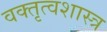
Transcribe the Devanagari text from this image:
वक्‍तृत्वशास्त्र